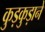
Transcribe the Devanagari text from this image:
कुड़कुड़ाने